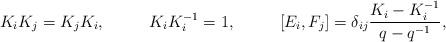
\begin{align*} K_iK_j &=K_jK_i, &K_iK_i^{-1}&=1, &[E_i,F_j]&=\delta_{ij}\frac{K_i-K_i^{-1}}{q-q^{-1}}, \end{align*}